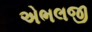
એભલજી